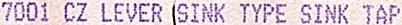
7001 CZ LEVER SINK TYPE SINK TAP